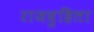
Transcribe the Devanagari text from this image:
राजदुहिता